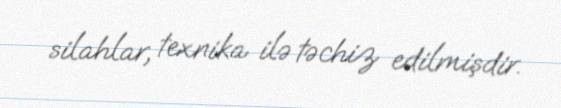
silahlar, texnika ilə təchiz edilmişdir.